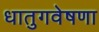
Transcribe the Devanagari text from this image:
धातुगवेषणा